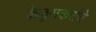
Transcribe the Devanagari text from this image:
केळूसकरांचे